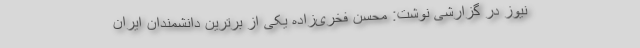
نیوز در گزارشی نوشت: محسن فخری‌زاده یکی از برترین دانشمندان ایران